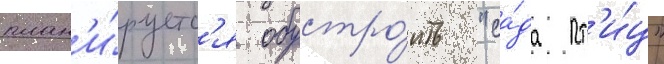
план'и́руетс'я обустро́ить "са́да пт'и́ц"